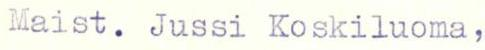
Maist. Jussi Koskiluoma,